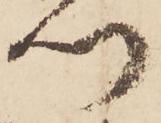
門